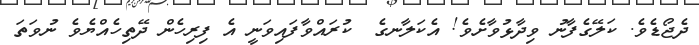
ދެޖޯޑެވެ. ކަލޭގެފާނު ވިދާޅުވާށެވެ! އެކަލާނގެ  ކުރައްވާފައިވަނީ އެ ފިރިހެން ދޭތިހެއްޔެވެ ނުވަތަ